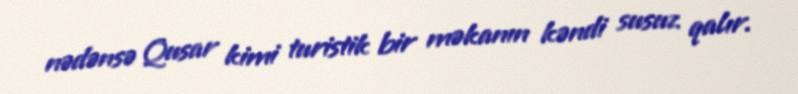
nədənsə Qusar kimi turistik bir məkanın kəndi susuz qalır.